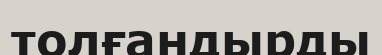
толғандырды